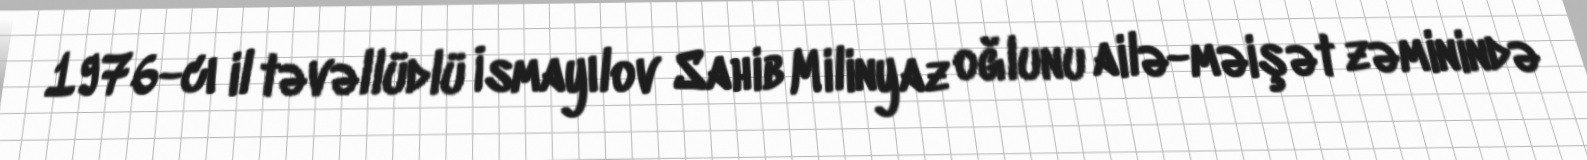
1976-cı il təvəllüdlü İsmayılov Sahib Milinyaz oğlunu ailə-məişət zəminində